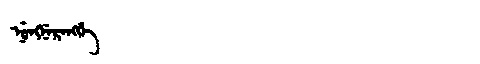
Manchu: ᠨᡠᠩᠨᡝᡵᡝᠩᡤᡝ
Romanization: NUNGNERENGGE